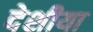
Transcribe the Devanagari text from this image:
देशीया